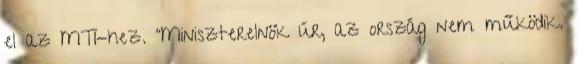
el az MTI-hez. "Miniszterelnök úr, az ország nem működik.